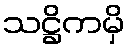
သဋ္ဌိကမှိ